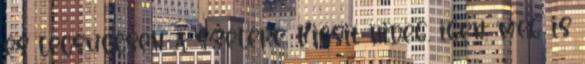
és lecsüccsen a szélére. Kicsit hideg, igen, meg is